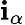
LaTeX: \mathbf{i}_{\alpha}